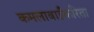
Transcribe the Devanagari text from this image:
कमलाबाईंकरिता